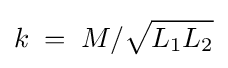
k\;=\;M/{\sqrt {L_{1}L_{2}}}